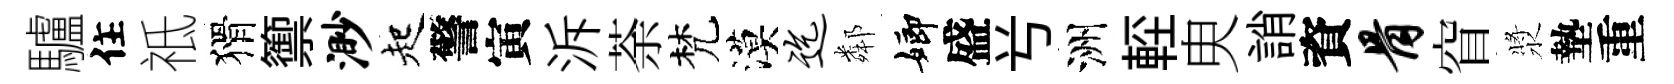
驢住祗猾籞渺起警寅泝荼梵漠迄鄰嫏盛𠔃洲䡖㬰誚資骨窅漿墊重